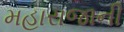
મહારાજાની